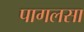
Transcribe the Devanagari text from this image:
पागलसा